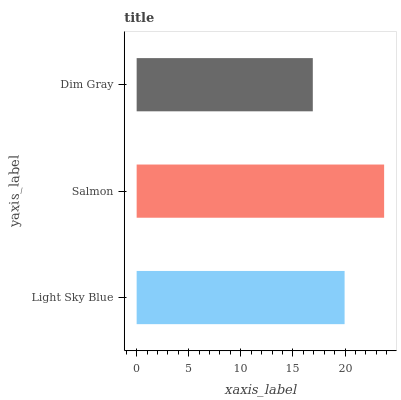
| yaxis_label | bars |
 | --- | --- |
 | Light Sky Blue | 20 |
 | Salmon | 23.8 |
 | Dim Gray | 16.9 |